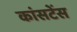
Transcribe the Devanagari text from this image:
कांसटेंस